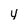
Character: y